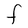
Character: F